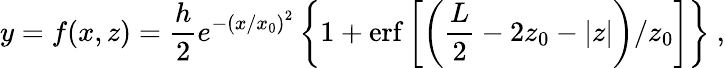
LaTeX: y=f(x,z)=\frac{h}{2}e^{-\left(x/x_{0}\right)^{2}}\left\{ 1+\mathrm{erf}\left[\left(\frac{L}{2}-2z_{0}-|z|\right)/z_{0}\right]\right\} ~,